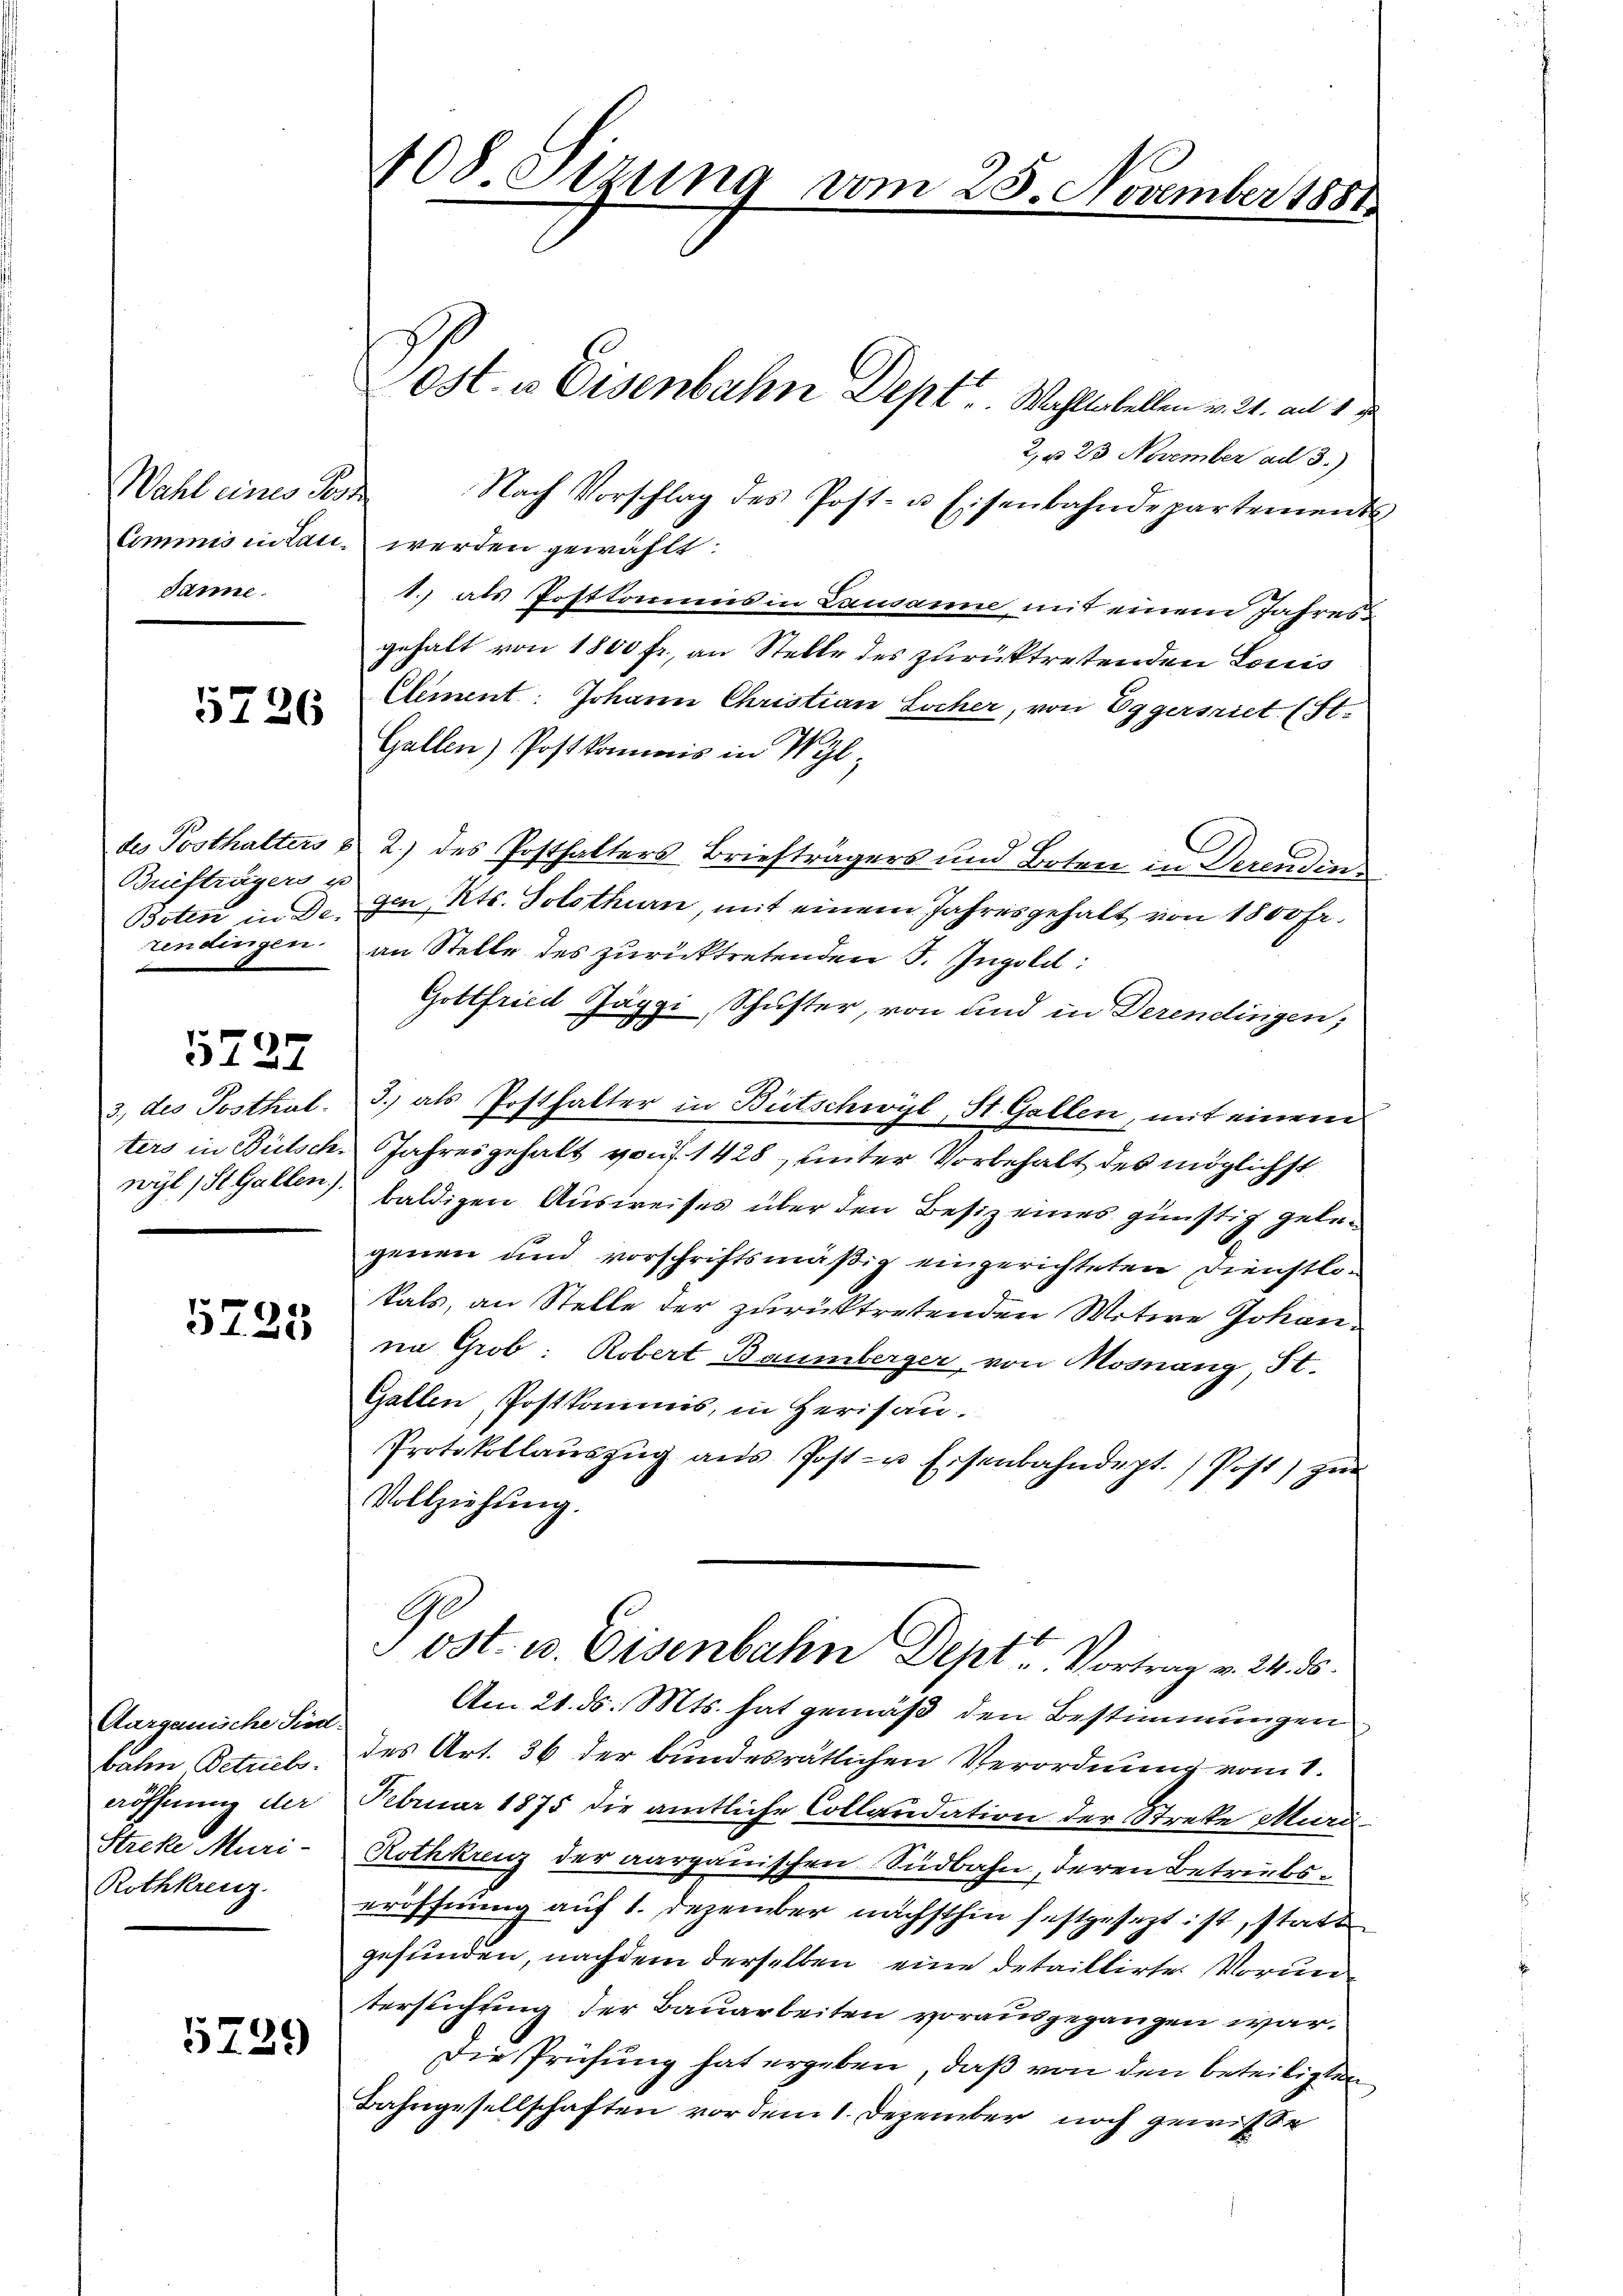
Wahl eines Gese
Janne.

5726

Briefträgers u
Boten in De-
rendingen.

5727

3., des Postkul.
ters in Bietsch.
wyl 1 St. Gallen.)

5725

Aargauische Sied:
bahn Betriebs
eröffnung der
Streke Muri-
Rothkreuz.

5239

108. Stzung vom 25. November 1881

Cost. u. Eisenbahn Dept. Wohlerbellen v. 21. an 1
2, u. 23 November ad 3.)
Nach Vorschlag des Post- u. Eisenbahndepartement
Commnis intan werden gewählt:
1. als Postkommnis in Lausanne, mit einem Jahresgehalt von 1800 fr., an Stelle des zurücktretenden Louis
Element: Johann Christian Locher, von Eggersriet (St.
Gallen) Post kommnis in Wyl,
des Posthalters & 2.) des Posthalters Briefträgers und Boten in Derenden
gen, Kts. Solothurn, mit einem Jahresgehalt von 1800 Fr.
an Stelle des zurücktretenden F. Ingold:
Gottfried Jäggi, Schuster, von und in Derendingen;
3.) als Posthalter in Bütschwyl, St. Gallen, mit einem
Jahresgehalt von f. 1428 unter Vorbehalt des möglichst
baldigen Ausweises über den Besiz eines günstig gelegenen und vorschriftsmäßig eingerichteten Dienstlokals, an Stelle der zurücktretenden Witwe Johanna Grob: Robert Baumberger von Mosnang, St.
Gallen, Postkommis, in Herisau.
Protokollaŭszŭg ans Post- u Eisenbahndept. Post) zŭr
Vollziehung.
Sost. v. Eisenbahn Dept. Vortrag v. 24. ds.
Am 21. ds. Mts. hat gemäß den Bestimmungen
des Art. 36 der bundesrätlichen Verordnung vom 1.
Februar 1875 die amtliche Collaudation der Strette Muri¬
Rothkreuz der aargauischen Südbahn, deren Betriebseröffnung auf 1. Dezember nächsthin festgesezt ist, statt
gefunden, nachdem derselben eine detaillirte Voruntersuchung der Bauarbeiten vorausgegangen war.
Die Prüfung hat ergeben, daß von den beteiligten
Bahngesellschaften vor dem 1. Dezember noch gewisse